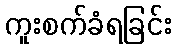
ကူးစက်ခံရခြင်း